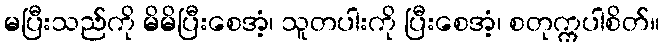
မပြီးသည်ကို မိမိပြီးစေအံ့၊ သူတပါးကို ပြီးစေအံ့၊ စတုက္ကပါစိတ်။